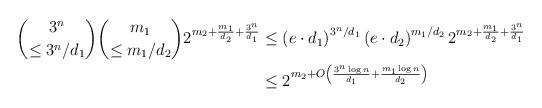
LaTeX: \begin{align*}\binom{3^n}{\leq 3^n/d_1}\binom{m_1}{\leq m_1/d_2}2^{m_2+\frac{m_1}{d_2} + \frac{3^n}{d_1}}&\leq \left(e\cdot d_1\right)^{3^n/d_1}\left(e\cdot d_2\right)^{m_1/d_2}2^{m_2+\frac{m_1}{d_2} + \frac{3^n}{d_1}}\\&\leq 2^{m_2 + O\left(\frac{3^n\log{n}}{d_1} + \frac{m_1\log{n}}{d_2}\right)}\end{align*}